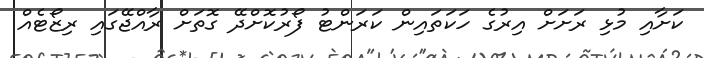
ކަށާއި މުޅި ރަށަށް އިރުގެ ހަކަތައިން ކަރަންޓު ފޯރުކޮށްދޭ ގޮތަށް ރާއްޖޭގައި ރިޒޯޓެއް